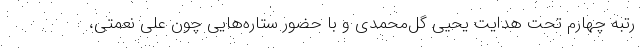
رتبه چهارم تحت هدایت یحیی گل‌محمدی و با حضور ستاره‌هایی چون علی نعمتی،